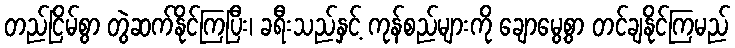
တည်ငြိမ်စွာ တွဲဆက်နိုင်ကြပြီး၊ ခရီးသည်နှင့် ကုန်စည်များကို ချောမွေ့စွာ တင်ချနိုင်ကြမည်